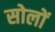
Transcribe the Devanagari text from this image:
सोलों